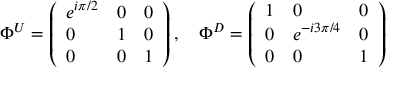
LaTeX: \Phi ^ { U } = \left( \begin{array} { l l l } { { e ^ { i \pi / 2 } } } & { { 0 } } & { { 0 } } \\ { { 0 } } & { { 1 } } & { { 0 } } \\ { { 0 } } & { { 0 } } & { { 1 } } \end{array} \right) , \quad \Phi ^ { D } = \left( \begin{array} { l l l } { { 1 } } & { { 0 } } & { { 0 } } \\ { { 0 } } & { { e ^ { - i 3 \pi / 4 } } } & { { 0 } } \\ { { 0 } } & { { 0 } } & { { 1 } } \end{array} \right)